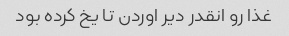
غذا رو انقدر دیر اوردن تا یخ کرده بود